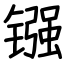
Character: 镪